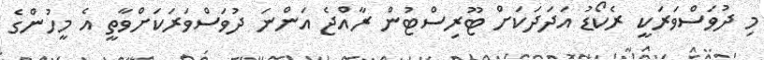
މި ދުވަސްވަރަކީ ރެކޯޑު އަދަދަކަށް ޓޫރިސްޓުން ރާއްޖެ އަންނަ ދުވަސްވަރަކަށްވާތީ އެ މީހުންގެ